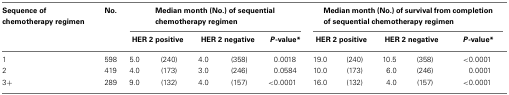
| Sequence of chemotherapy regimen | No. | <COLSPAN=5> Median month (No.) of sequential chemotherapy regimen | <COLSPAN=5> Median month (No.) of survival from completion of sequential chemotherapy regimen |
 |  |  | <COLSPAN=2> HER 2 positive | <COLSPAN=2> HER 2 negative | P-value* | <COLSPAN=2> HER 2 positive | <COLSPAN=2> HER 2 negative | P-value* |
 | --- | --- | --- | --- | --- | --- | --- | --- | --- | --- | --- | --- |
 | 1 | 598 | 5.0 | (240) | 4.0 | (358) | 0.0018 | 19.0 | (240) | 10.5 | (358) | <0.0001 |
 | 2 | 419 | 4.0 | (173) | 3.0 | (246) | 0.0584 | 10.0 | (173) | 6.0 | (246) | 0.0001 |
 | 3+ | 289 | 9.0 | (132) | 4.0 | (157) | <0.0001 | 16.0 | (132) | 4.0 | (157) | <0.0001 |